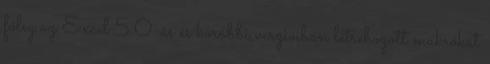
főleg az Excel 5.0-ás és korábbi verzióiban létrehozott makrókat